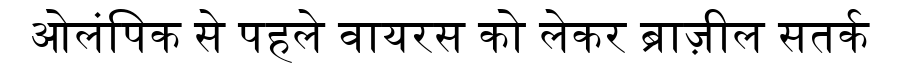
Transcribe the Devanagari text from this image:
ओलंपिक से पहले वायरस को लेकर ब्राज़ील सतर्क